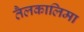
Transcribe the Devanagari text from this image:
तैलकालिमा